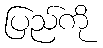
ပြည်ကို